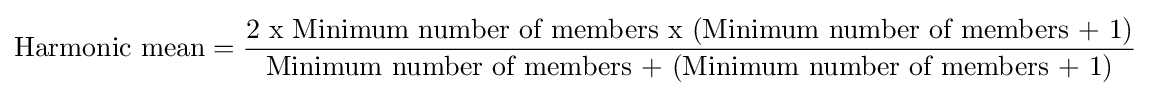
{\mbox{Harmonic mean}}={\frac {\mbox{2 x Minimum number of members x (Minimum number of members + 1)}}{\mbox{Minimum number of members + (Minimum number of members + 1)}}}